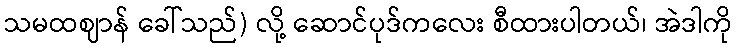
သမထဈာန် ခေါ်သည်) လို့ ဆောင်ပုဒ်ကလေး စီထားပါတယ်၊ အဲဒါကို